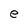
Character: e